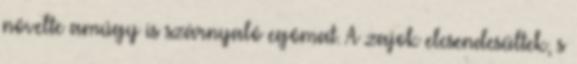
növelte amúgy is szárnyaló egómat. A zajok elcsendesültek, s